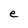
Character: e